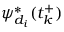
\psi _ { d _ { i } } ^ { * } ( t _ { k } ^ { + } )